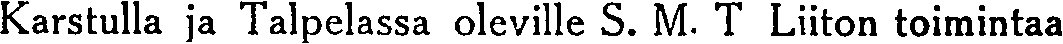
Karstulla ja Talpelassa oleville S. M. T Liiton toimintaa